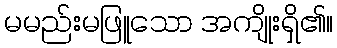
မမည်းမဖြူသော အကျိုးရှိ၏။